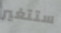
ستتغير